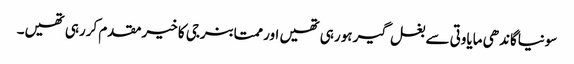
سونیاگاندھی مایاوتی سے بغل گیر ہورہی تھیں اور ممتابنرجی کا خیرمقدم کررہی تھیں۔